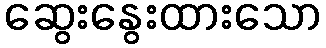
ဆွေးနွေးထားသော